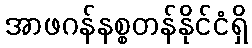
အာဖဂန်နစ္စတန်နိုင်ငံရှိ